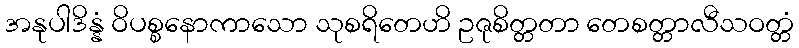
အနုပါဒိန္နံ ဝိပစ္စနောကာသော သုစရိတေဟိ ဥဇုစိတ္တတာ တေစတ္တာလီသဝတ္တံ